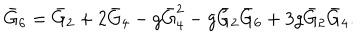
LaTeX: \bar { G } _ { 6 } = \bar { G } _ { 2 } + 2 \bar { G } _ { 4 } - g \bar { G } _ { 4 } ^ { 2 } - g \bar { G } _ { 2 } \bar { G } _ { 6 } + 3 g \bar { G } _ { 2 } \bar { G } _ { 4 } .